Report of the Hyderabad Chloroform Commission
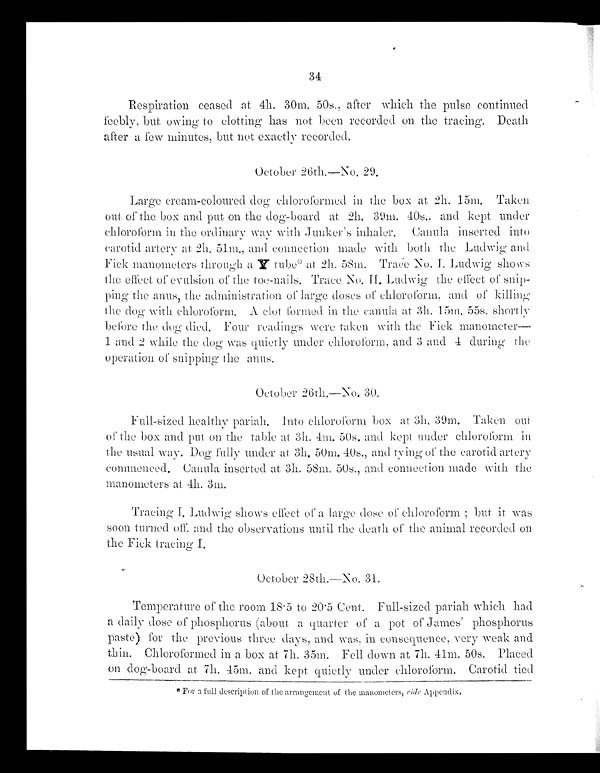
34
Respiration ceased at 4h. 30m. 50s., after which the pulse continued
feebly, but owing to clotting has not been recorded on the tracing. Death
after a few minutes, but not exactly recorded,
October 26th—No. 29.
Large cream-coloured dog chloroformed in the box at 2h. 15m. Taken
out of the box and put on the dog-board at 2h, 39m. 40s., and kept under
chloroform in the ordinary way with Junker's inhaler. Canula inserted into
carotid artery at 2k. 51m., and connection made with both the Ludwig and
Fick manometers through a Y tube* at 2h. 58m. Trace No. I. Ludwig shows
the effect of evulsion of the toe-nails. Trace No. II. Ludwig the effect of snip-
ping the anus, the administration of large doses of chloroform, and of killing
the dog with chloroform. A clot formed in the canula at 3h. 15 m . 55s. shortly
before the dog died. Four readings were taken with the Fick manometer—
1 and 2 while the dog was quietly under chloroform, and 3 and 4 during the
operation of snipping the anus.
October 26th.—No. 30.
Full-sized healthy pariah. Into chloroform box at 3h. 39m. Taken out
of the box and put on the table at 3h. 4m. 50s. and kept under chloroform in
the usual way. Dog fully under at. 3h. 50m. 40s., and tying of the carotid artery
commenced. Canula inserted at 3h. 58m. 50s., and connection made with the
manometers at 4h. 3m.
Tracing I. Ludwig shows effect of a large dose of chloroform but it was
soon turned off, and the observations until the death of the animal recorded on
the Fick tracing I.
October 28th.—No. 31.
Temperature of the room 18.5 to 20.5 Cent. Full-sized pariah which had
a daily dose of phosphorus (about a quarter of a pot of James' phosphorus
paste) for the previous three days, and was consequence, very weak and
thin. Chloroformed in a box at 7h. 35m. Fell down at Th. 41m. 50s. Placed
on dog-board at 7h. 45m. and kept quietly under chloroform. Carotid tied
* For a full description of the arrangement of the manometers, ride Appendix.